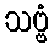
သဗ္ဗံ